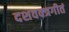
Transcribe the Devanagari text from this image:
दशवक्त्रगीतं